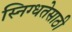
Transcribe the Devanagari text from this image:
स्निग्धतेसाठी